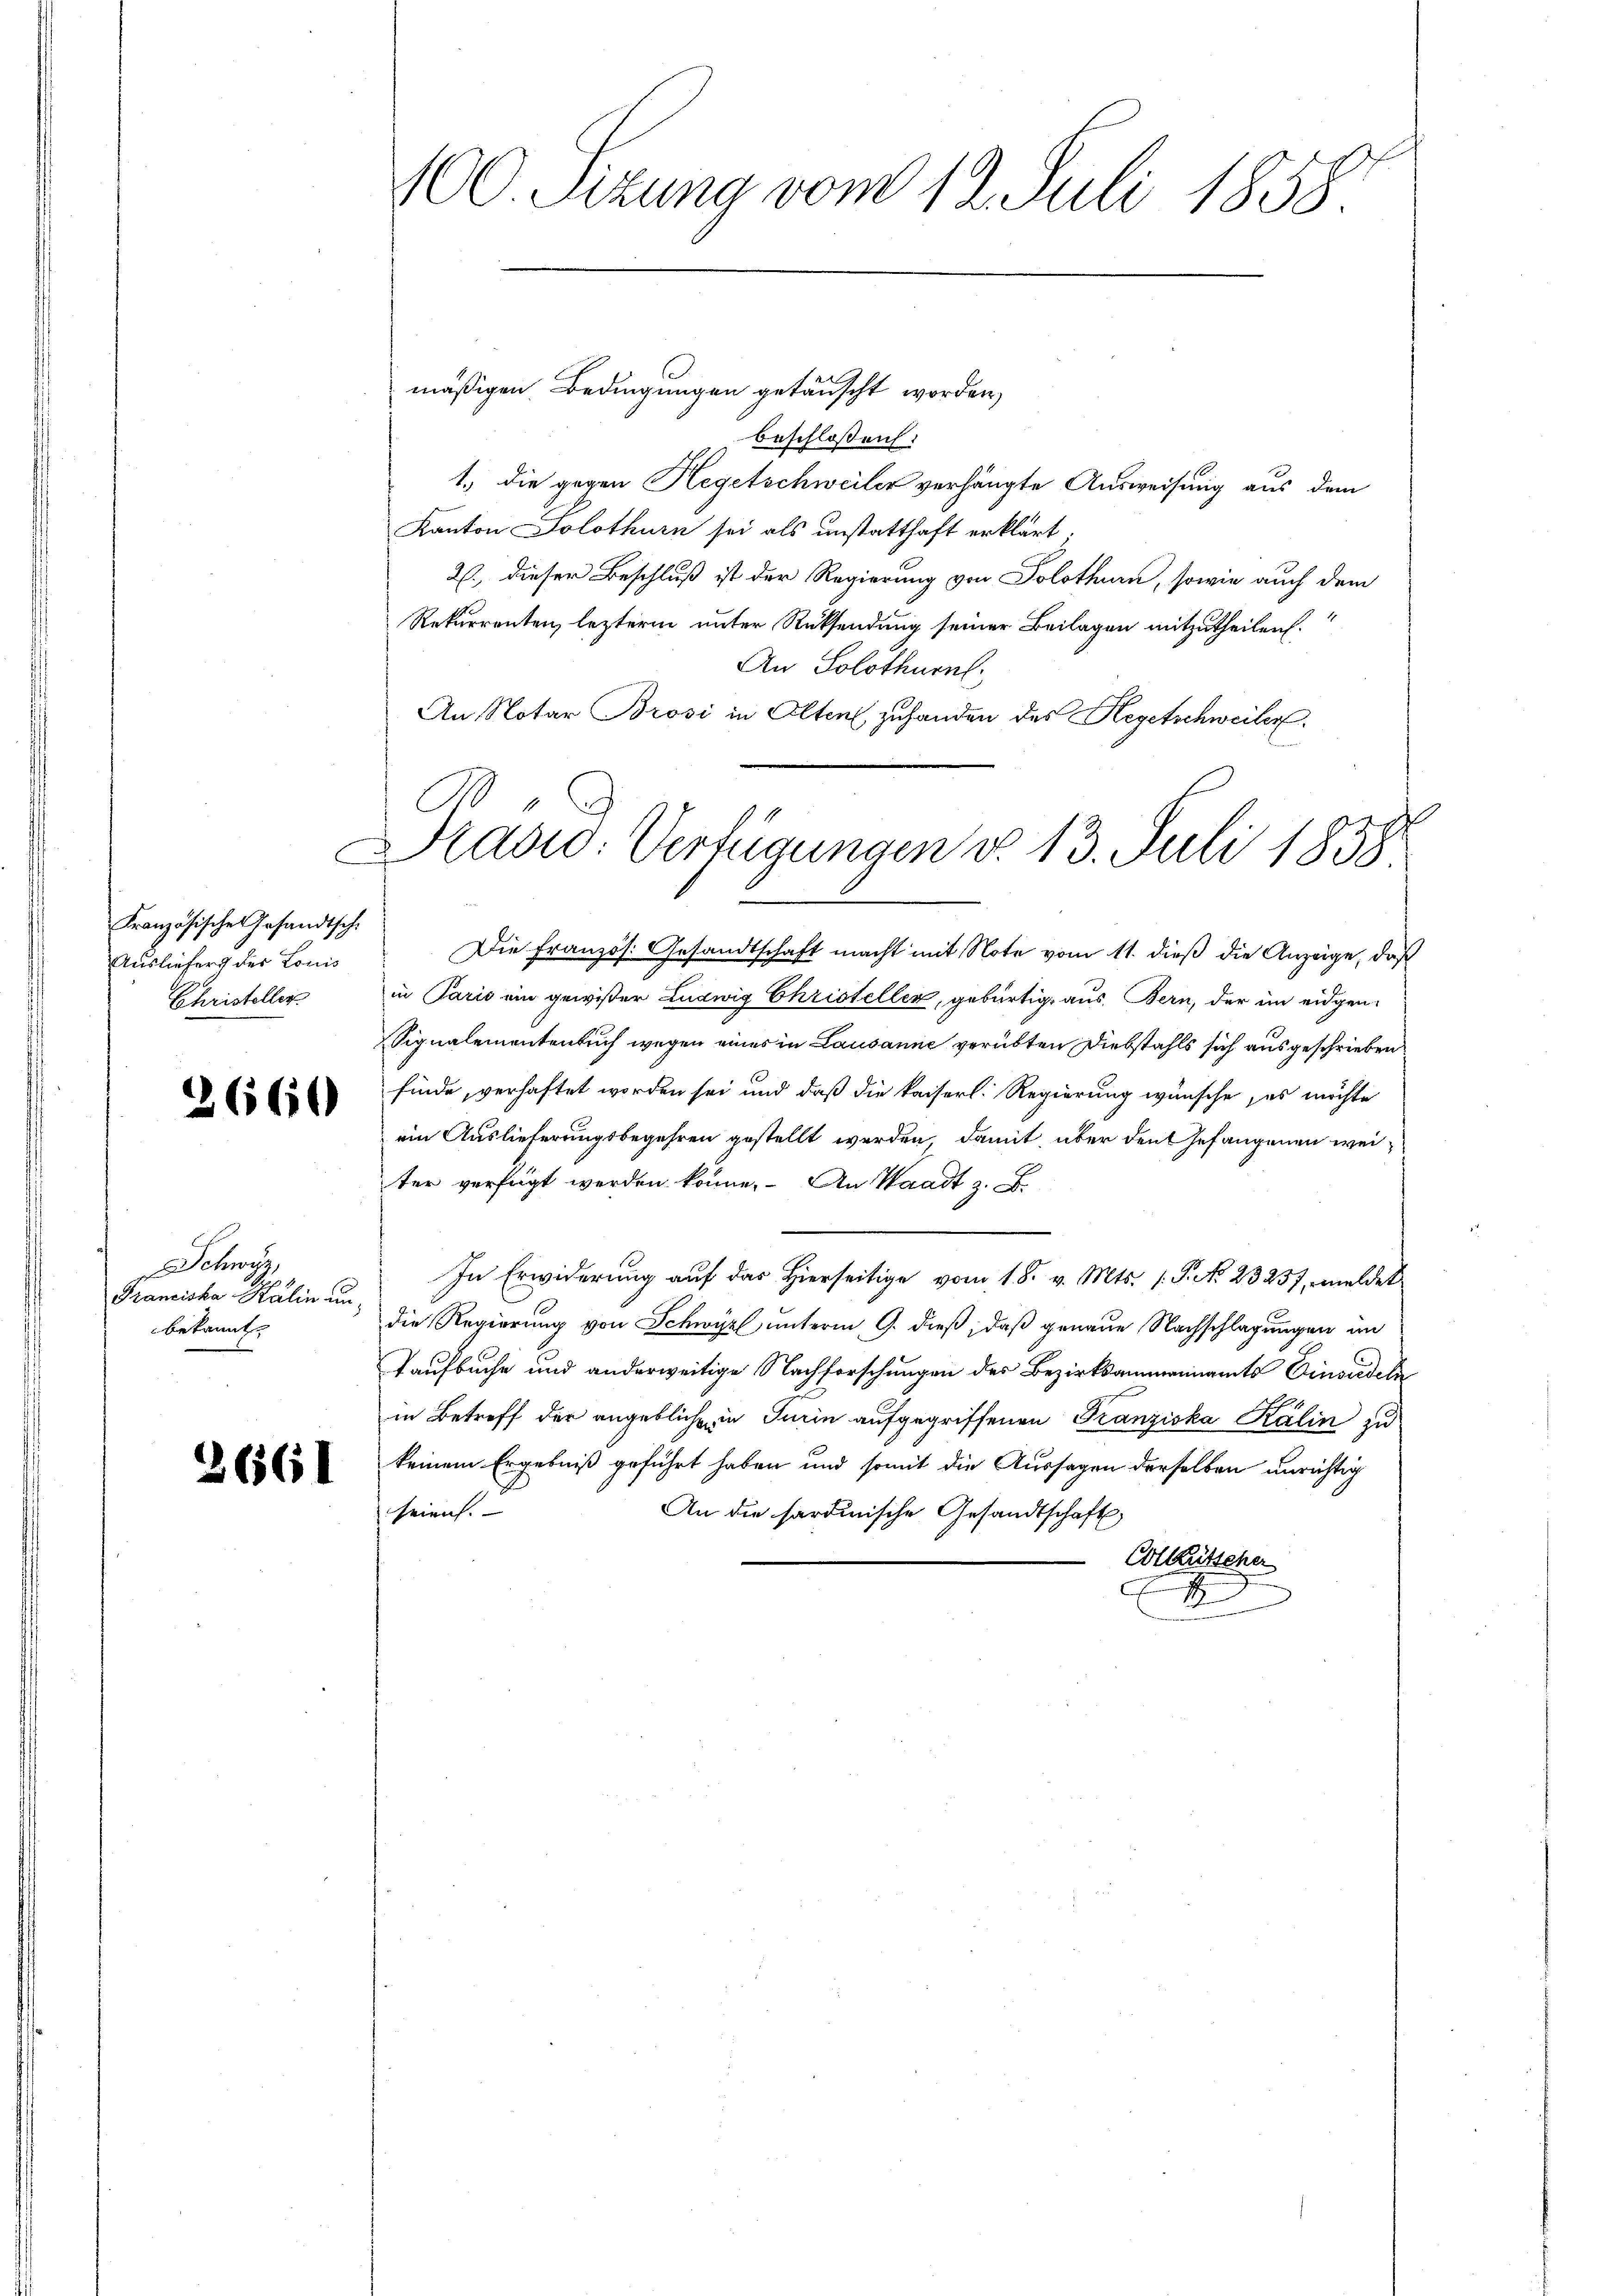
Französische Gesandtsch.
Ausliefer des Louis
Christeller

2660

Schwyz,
Franciska Halin unbekannt

3661

100. Sitzung vom 12. Juli 1858.

mäßigen Bedingungen getauscht worden,
beschlossen:
1., die gegen Hegetschweiler verhängte Ausweisung aus dem
Kanton Solothurn sei als unstatthaft erklärt.
2., dieser Beschluß ist der Regierung von Solothurn, sowie auch dem
Rekurrenten, lezterm unter Rücksendung seiner Beilagen mitzutheilen.
An Solothurn
An Notar Brosi in Alten zuhanden des Regetschweiler.
Die Französ. Gesandtschaft macht mit Note vom 11. dieß die Anzeige, daß
in Paris ein gewißer Ludwig Christeller, gebürtig aus. Bern, der im eidgen
Signalementenbuch wegen eines in Lausanne verübten Diebstahls sich ausgeschrieben
finde, verhaftet worden sei und daß die kaiserl. Regierung wünsche, es möchte
ein Auslieferungsbegehren gestellt werden, damit über den Gefangenen weiter verfügt werden könne. An Waadt z. B.
In Erwiderung auf das Hierseitige vom 18. v. Mts. (T. No. 23257, meldet
die Regierung von Schwyz unterm 9. dieß, daß genaue Nachschlagungen im
Taufbuche und anderweitige Nachforschungen des Bezirksammennamts Einsiedeln
in Betreff der angebliche in Turin aufgegriffenen Franziska Kälin zu
keinem Ergebniß geführt haben und somit die Aussagen derselben unrichtig
An die sardinische Gesandtschaft,
seien.
Colkutscher
A

Rasid: Verfügungen v. 13. Juli 1858